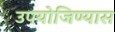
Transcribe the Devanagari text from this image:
उपयोजिण्यास